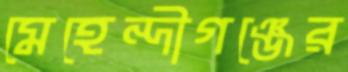
মেহেন্দীগঞ্জের